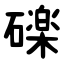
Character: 䃯